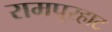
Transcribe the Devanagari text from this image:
रामपूरहाट